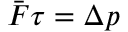
\bar { \boldsymbol { F } } \tau = \Delta \boldsymbol { p }